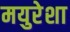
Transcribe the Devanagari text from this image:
मयुरेशा